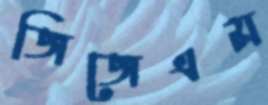
জিজেএম